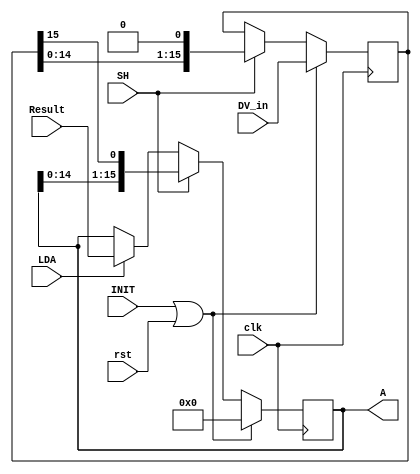
module lsr_div (clk , rst, DV_in, Result, INIT, SH, LDA, A);
  
  input clk;
  input rst;
  input [15:0] DV_in;
  input [15:0] Result;
  input INIT;
  input SH;
  input LDA;
  output reg [15:0] A;

reg [15:0] DV;

always @(negedge clk)  //verificar: actualizacion de A antes de corrimiento?
  
  if(INIT || rst) begin
	A=0;
	DV= DV_in;
  end
  else begin

	  if(SH) begin
		{A,DV}={A,DV}<<1;
	  end
	  else begin
	  	if(LDA)
			A=Result;
 	 	else
			A=A;
	  end
  end
endmodule